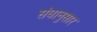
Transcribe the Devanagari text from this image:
संघानुसार